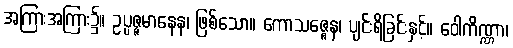
အကြားအကြား၌။ ဥပ္ပဇ္ဇမာနေန၊ ဖြစ်သော။ ကောသဇ္ဇေန၊ ပျင်းရိခြင်းနှင့်။ ဝေါကိဏ္ဏာ၊